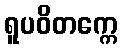
ရူပဝိတက္ကေ